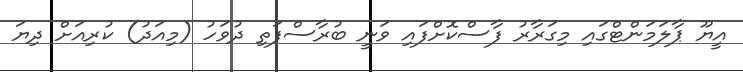
އީޔޫ ޕާލަމަންޓްގައި މިގަރާރު ފާސްކޮށްފައި ވަނީ ބުރާސްފަތި ދުވަހު (މިއަދު) ކުރިއަށް ދިޔަ